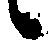
候